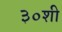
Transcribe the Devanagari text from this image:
३०शी